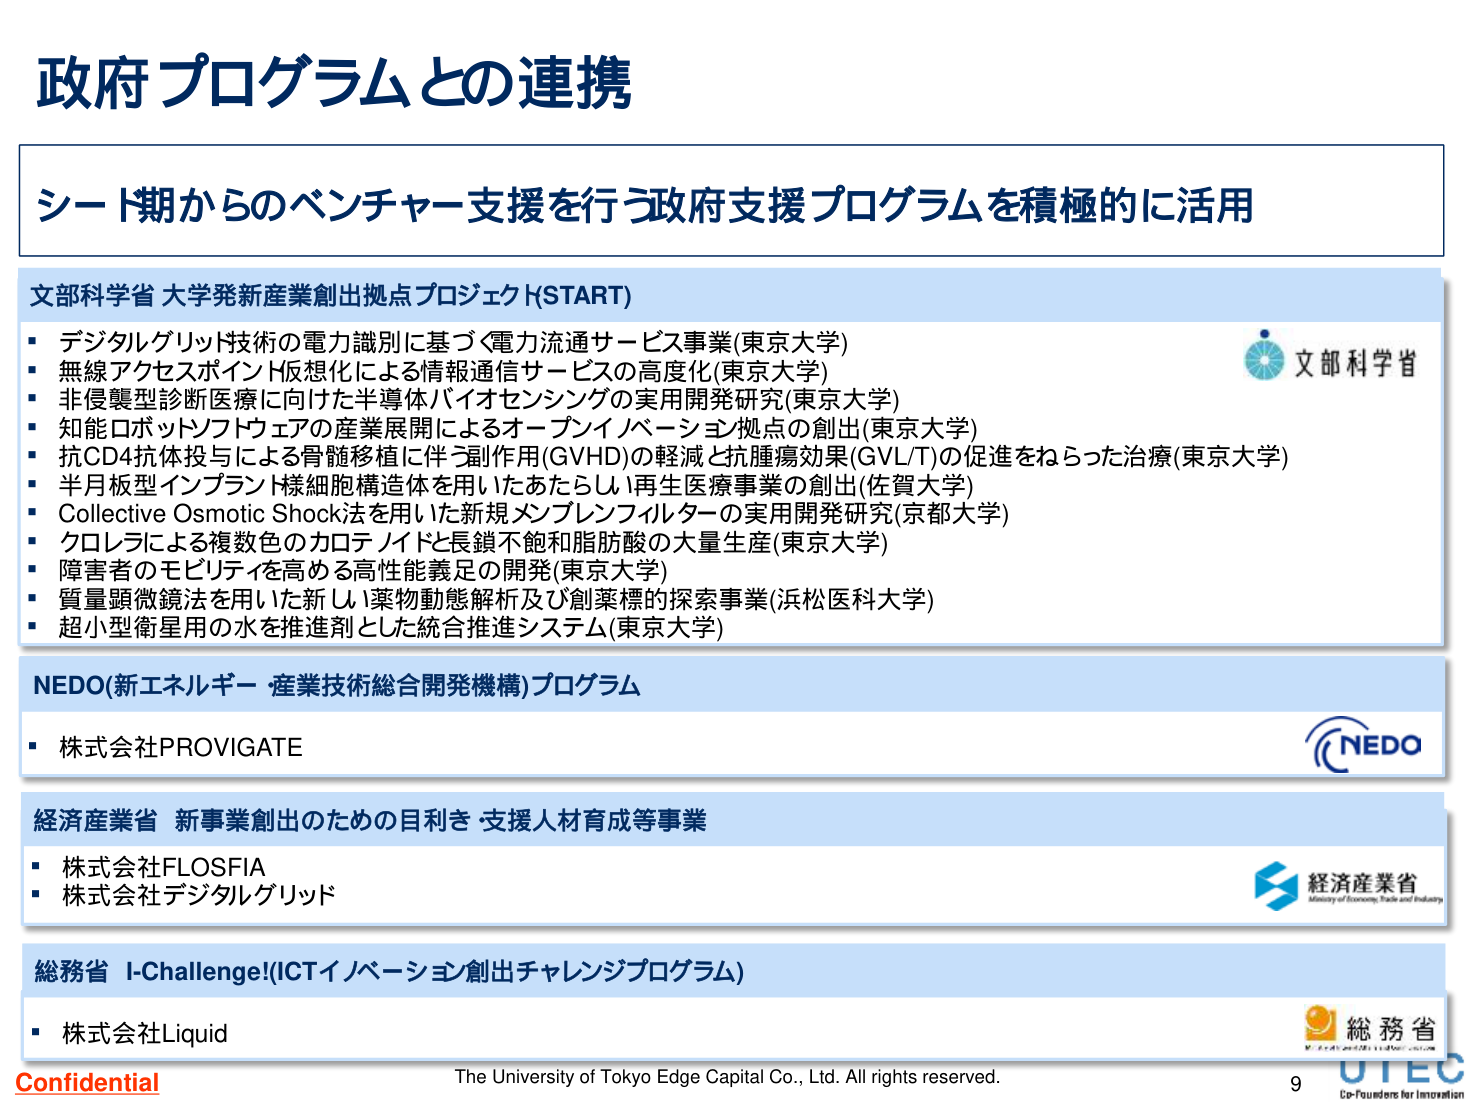
政府プログラムとの連携

シード期からのベンチャー支援を行う政府支援プログラムを積極的に活用

文部科学省 大学発新産業創出拠点プロジェクト(START)
・デジタルグリッド技術の電力識別に基づく電力流通サービス事業(東京大学)
・無線アクセスポイント仮想化による情報通信サービスの高度化(東京大学)
・非侵襲型診断医療に向けた半導体バイオセンシングの実用開発研究(東京大学)
・知能ロボットソフトウェアの産業展開によるオープンイノベーション拠点の創出(東京大学)
・抗CD4抗体投与による骨髄移植に伴う副作用(GVHD)の軽減と抗腫瘍効果(GVL/T)の促進をねらった治療(東京大学)
・半月板型インプラント様細胞構造を用いたあたらしい再生医療事業の創出(佐賀大学)
・Collective Osmotic Shock法を用いた新規メンブレンフィルターの実用開発研究(京都大学)
・クロレラによる複数色のカロテノイドと長鎖不飽和脂肪酸の大量生産(東京大学)
・障害者のモビリティを高める高性能義足の開発(東京大学)
・質量顕微鏡法を用いた新しい薬物動態解析及び創薬標的探索事業(浜松医科大学)
・超小型衛星用の水を推進剤とした統合推進システム(東京大学)

NEDO(新エネルギー・産業技術総合開発機構)プログラム
・株式会社PROVIGATE

経済産業省 新事業創出のための目利き・支援人材育成等事業
・株式会社FLOSFIA
・株式会社デジタルグリッド

総務省 I-Challenge!(ICTイノベーション創出チャレンジプログラム)
・株式会社Liquid

Confidential
The University of Tokyo Edge Capital Co., Ltd. All rights reserved.
9
UTEC
Co-Founders for Innovation